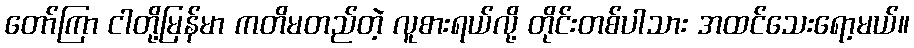
တော်ကြာ ငါတို့မြန်မာ ကတိမတည်တဲ့ လူစားရယ်လို့ တိုင်းတစ်ပါသား အထင်သေးရော့မယ်။